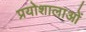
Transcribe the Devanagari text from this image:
प्रयोशालाओं